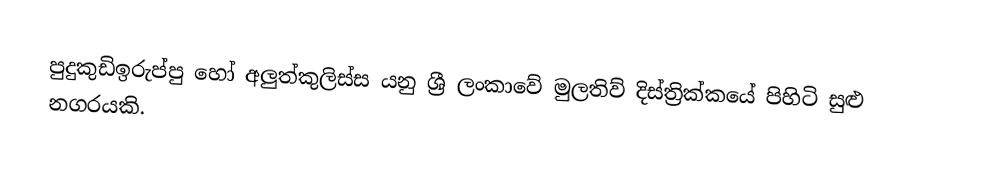
පුදුකුඩිඉරුප්පු හෝ අලුත්කුලිස්ස යනු ශ්‍රී ලංකාවේ මුලතිව් දිස්ත්‍රික්කයේ පිහිටි සුළු නගරයකි.